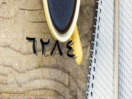
٦٢٨٤